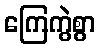
ကြေကွဲစွာ